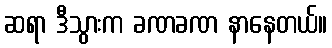
ဆရာ ဒီသွားက ခဏခဏ နာနေတယ်။